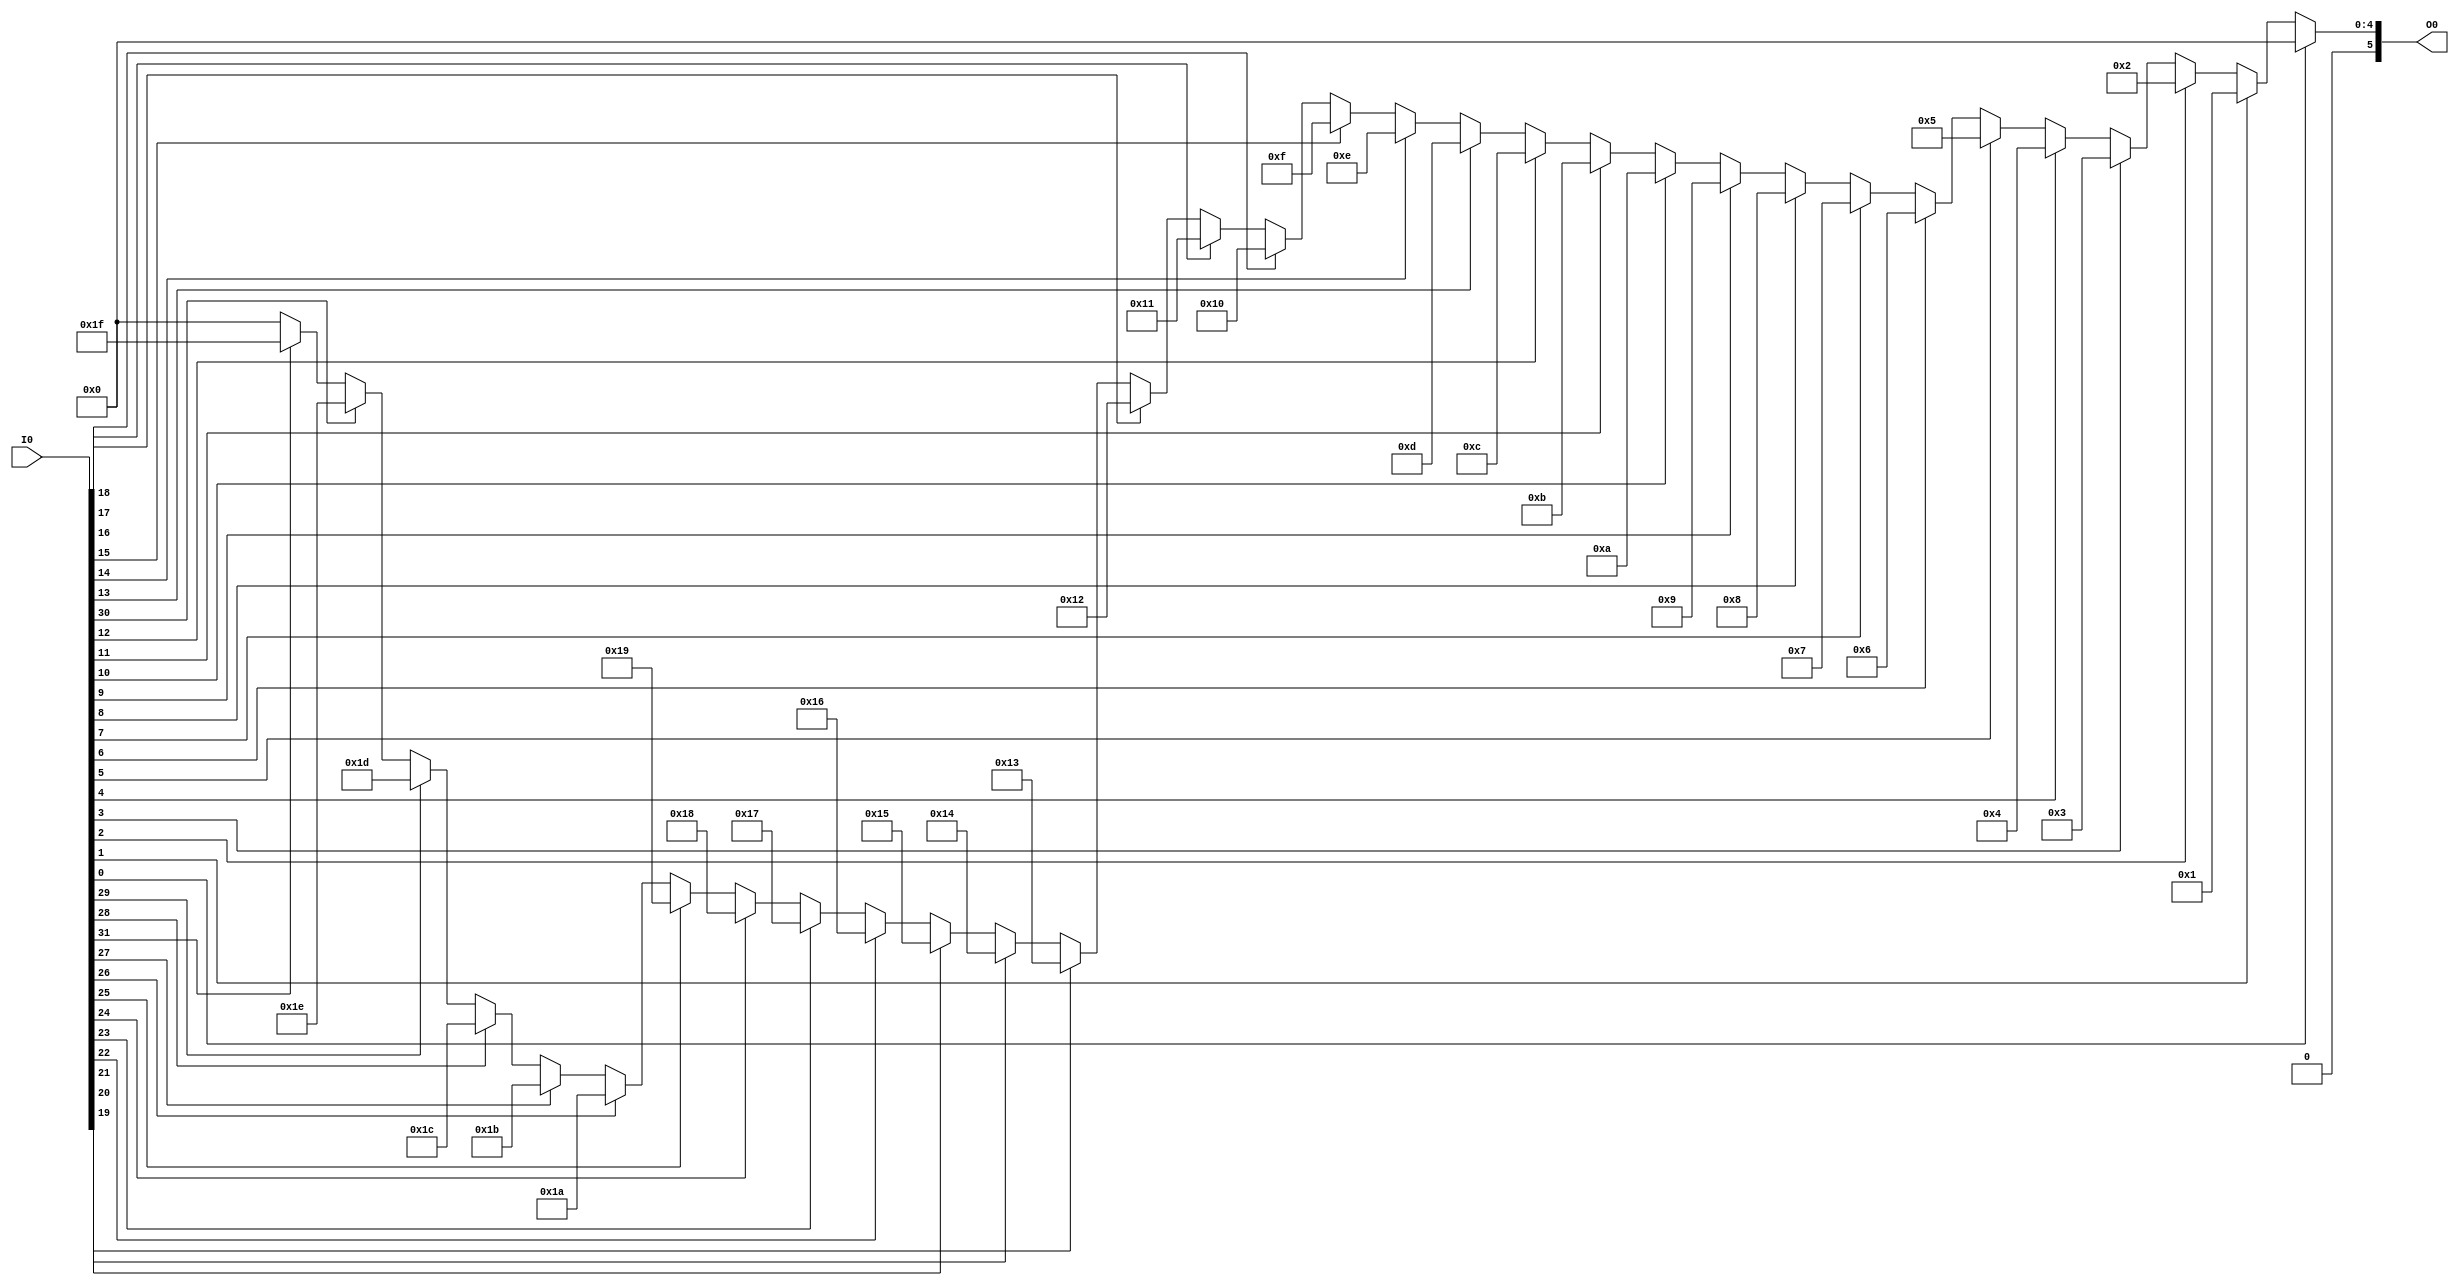
`timescale 1ns / 1ps
//////////////////////////////////////////////////////////////////////////////////
// Company: 
// Engineer: 
// 
// Design Name: 
// Module Name: priority_encoder
// Project Name: 
// Target Devices: 
// Tool Versions: 
// Description: 
// 
// Dependencies: 
// 
// Revision:
// Revision 0.01 - File Created
// Additional Comments:
// 
//////////////////////////////////////////////////////////////////////////////////


module priority_encoder(
   input [31:0] I0,
   output reg [5:0] O0
    );
    
   always @ (I0) begin
    if(I0[0] == 1) O0 = 5'b00000; 
    else if(I0[1] == 1) O0 = 5'b00001;
    else if(I0[2] == 1) O0 = 5'b00010;
    else if(I0[3] == 1) O0 = 5'b00011;
    else if(I0[4] == 1) O0 = 5'b00100;
    else if(I0[5] == 1) O0 = 5'b00101;
    else if(I0[6] == 1) O0 = 5'b00110;
    else if(I0[7] == 1) O0 = 5'b00111;
    else if(I0[8] == 1) O0 = 5'b01000;
    else if(I0[9] == 1) O0 = 5'b01001;
    else if(I0[10] == 1) O0 = 5'b01010;
    else if(I0[11] == 1) O0 = 5'b01011;
    else if(I0[12] == 1) O0 = 5'b01100;
    else if(I0[13] == 1) O0 = 5'b01101;
    else if(I0[14] == 1) O0 = 5'b01110;
    else if(I0[15] == 1) O0 = 5'b01111;
    else if(I0[16] == 1) O0 = 5'b10000;
    else if(I0[17] == 1) O0 = 5'b10001;
    else if(I0[18] == 1) O0 = 5'b10010;
    else if(I0[19] == 1) O0 = 5'b10011;
    else if(I0[20] == 1) O0 = 5'b10100;
    else if(I0[21] == 1) O0 = 5'b10101;
    else if(I0[22] == 1) O0 = 5'b10110;
    else if(I0[23] == 1) O0 = 5'b10111;
    else if(I0[24] == 1) O0 = 5'b11000;
    else if(I0[25] == 1) O0 = 5'b11001;
    else if(I0[26] == 1) O0 = 5'b11010;
    else if(I0[27] == 1) O0 = 5'b11011;
    else if(I0[28] == 1) O0 = 5'b11100;
    else if(I0[29] == 1) O0 = 5'b11101;
    else if(I0[30] == 1) O0 = 5'b11110;
    else if(I0[31] == 1) O0 = 5'b11111;
    else 
        O0 = 5'b00000;
   end
    
endmodule